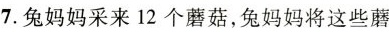
7.兔妈妈采来12个蘑菇，兔妈妈将这些蘑